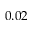
0 . 0 2